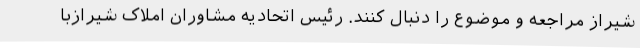
شیراز مراجعه و موضوع را دنبال کنند. رئیس اتحادیه مشاوران املاک شیرازبا